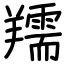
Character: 羺